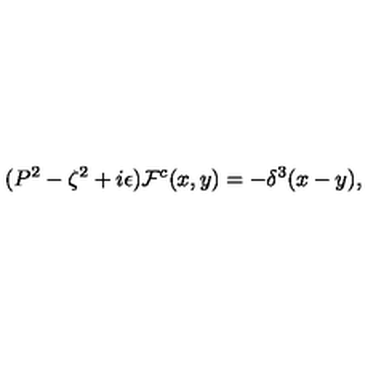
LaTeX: ( P ^ { 2 } - \zeta ^ { 2 } + i \epsilon ) { \cal F } ^ { c } ( x , y ) = - \delta ^ { 3 } ( x - y ) ,